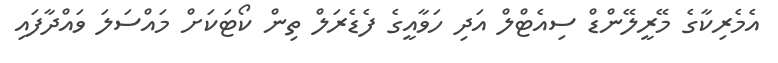
އެމެރިކާގެ މޭރީލޭންޑް ސިއެޓްލް އަދި ހަވާއީގެ ފެޑެރަލް ތިން ކޯޓަކަށް މައްސަލަ ވައްދާފައި